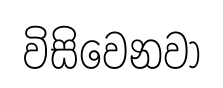
විසිවෙනවා